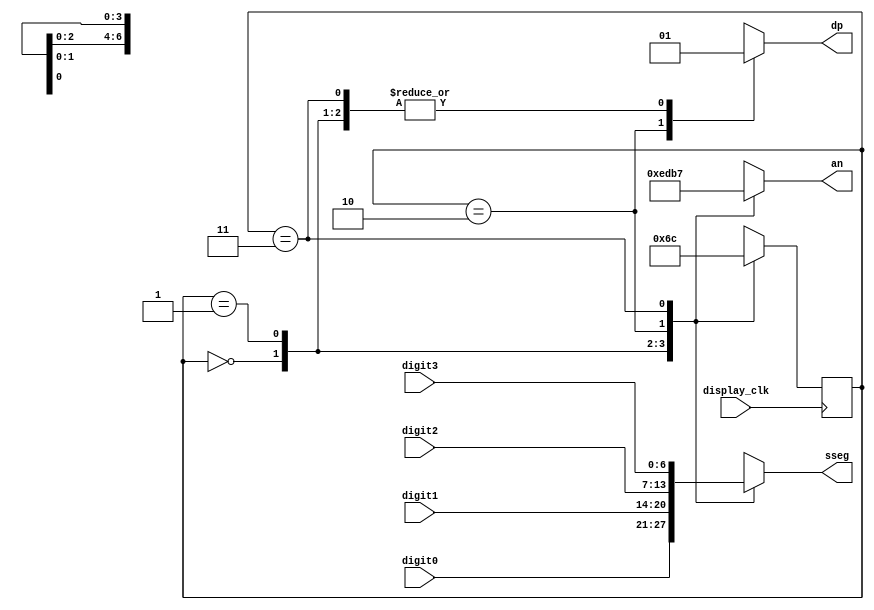
`timescale 1ns / 1ps
//////////////////////////////////////////////////////////////////////////////////
// Company: 
// Engineer: 
// 
// Design Name: 
// Module Name: display_timer
// Project Name: 
// Target Devices: 
// Tool Versions: 
// Description: 
// 
// Dependencies: 
// 
// Revision:
// Revision 0.01 - File Created
// Additional Comments:
// 
//////////////////////////////////////////////////////////////////////////////////


module display_timer(
    input [6:0] digit0,
    input [6:0] digit1,
    input [6:0] digit2,
    input [6:0] digit3,
    input display_clk,
    output reg [6:0] sseg,
    output reg [3:0] an,
    output reg dp
    
    );
    
    reg [1:0] timer_state;
    reg[1:0] timer_next_state;
    
    always@(posedge display_clk) begin
    timer_state <= timer_next_state;
    end
    
    
    initial begin 
        timer_next_state = 2'b00;
        timer_state = 2'b00;
        end
        
    always@(*) begin
    
    case(timer_state) 
        2'b00: timer_next_state = 2'b01;
        2'b01: timer_next_state = 2'b10;
        2'b10: timer_next_state = 2'b11;
        2'b11: timer_next_state = 2'b00;
        endcase
        end
    
    always@(*) begin
        
        case(timer_state)
            2'b00 : begin sseg = digit0; 
                    an = 4'b1110;
                    dp = 1'b1;
                    end
            2'b01 : begin sseg = digit1;
                    an = 4'b1101;
                    dp = 1'b1;
                    end
            2'b10 : begin sseg = digit2;
                    an = 4'b1011;
                    dp = 1'b0;
                    end
            2'b11 : begin sseg = digit3;
                    an = 4'b0111;
                    dp = 1'b1;
                    end
        endcase
        
        
        
        end
endmodule